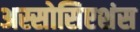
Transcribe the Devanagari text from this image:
अस्सोसिएशंस